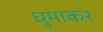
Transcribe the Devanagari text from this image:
धुमाकर